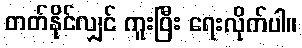
တတ်နိုင်လျှင် ကူးပြီး ရေးလိုက်ပါ။